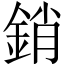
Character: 銷